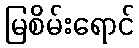
မြစိမ်းရောင်